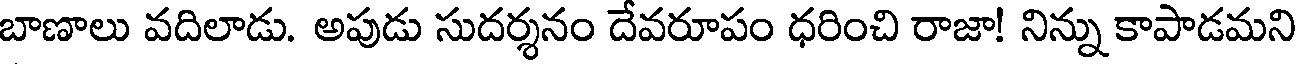
బాణాలు వదిలాడు. అపుడు సుదర్శనం దేవరూపం ధరించి రాజా! నిన్ను కాపాడమని